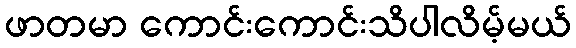
ဖာတမာ ကောင်းကောင်းသိပါလိမ့်မယ်